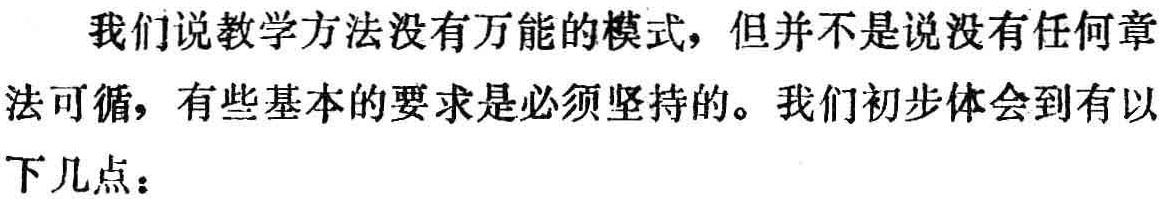
我们说教学方法没有万能的模式，但并不是说没有任何章法可循，有些基本的要求是必须坚持的。我们初步体会到有以下几点：